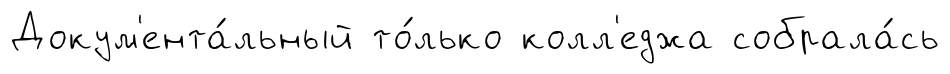
Докум'ента́льный то́лько колл'еджа собрала́сь